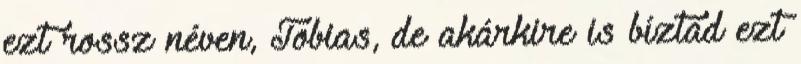
ezt rossz néven, Tobias, de akárkire is bíztad ezt